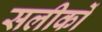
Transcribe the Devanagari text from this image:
सलीकों